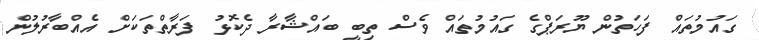
ގައުމުތައް ފަހަތުން ޔޫރަޕްގެ ގައުމުތައް ވެސް ތިބީ ބައްޝާރާ ދެކޮޅު ފަރާތްތަކަށް އެއްބާރުލުން